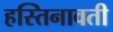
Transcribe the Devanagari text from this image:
हस्तिनावती